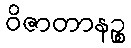
ဝိဇာတာနဉ္စ